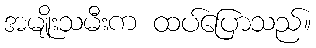
အမျိုးသမီးက ထပ်ပြောသည်။